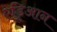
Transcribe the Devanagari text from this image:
एड्रिआन